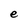
Character: e